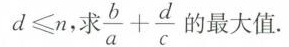
d ≤ n$$，求$$\frac { b } { a } + \frac { d } { c }$$ 的最大值.